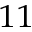
^ { 1 1 }